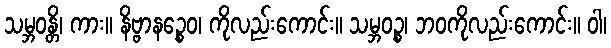
သမ္ဘဝန္တိ၊ ကား။ နိဗ္ဗာနဉ္စေဝ၊ ကိုလည်းကောင်း။ သမ္ဘဝဉ္စ၊ ဘဝကိုလည်းကောင်း။ ဝါ၊